Scottish Leaving Certificate Examination, 1960
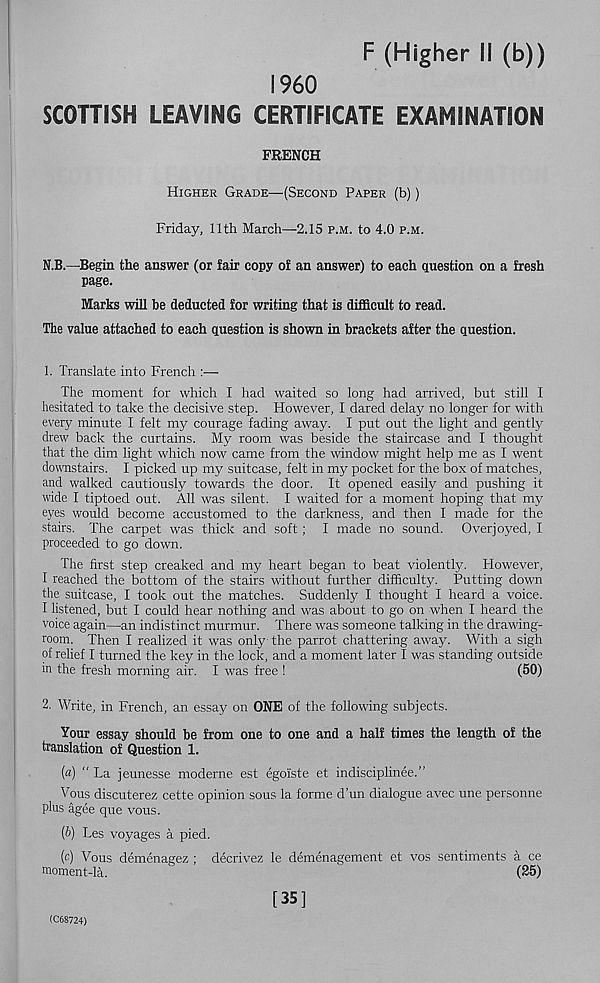
F (Higher II (b))
1960
SCOTTISH LEAVING CERTIFICATE EXAMINATION
FRENCH
Higher Grade—(Second Paper (b))
Friday, 11th March—2.15 p.m. to 4.0 p.m.
N.B.—Begin the answer (or fair copy of an answer) to each question on a fresh
page.
Marks will be deducted for writing that is difficult to read.
The value attached to each question is shown in brackets after the question.
1. Translate into French
The moment for which I had waited so long had arrived, but still I
hesitated to take the decisive step. However, I dared delay no longer for with
every minute I felt my courage fading away. I put out the light and gently
drew back the curtains. My room was beside the staircase and I thought
that the dim light which now came from the window might help me as I went
downstairs. I picked up my suitcase, felt in my pocket for the box of matches,
and walked cautiously towards the door. It opened easily and pushing it
wide I tiptoed out. All was silent. I waited for a moment hoping that my
eyes would become accustomed to the darkness, and then I made for the
stairs. The carpet was thick and soft; I made no sound. Overjoyed, I
proceeded to go down.
The first step creaked and my heart began to beat violently. However,
I reached the bottom of the stairs without further difficulty. Putting down
the suitcase, I took out the matches. Suddenly I thought I heard a voice.
I listened, but I could hear nothing and was about to go on when I heard the
voice again—an indistinct murmur. There was someone talking in the drawing-
room. Then I realized it was only the parrot chattering away. With a sigh
of relief I turned the key in the lock, and a moment later I was standing outside
in the fresh morning air. I was free !
(50)
2. Write, in French, an essay on ONE of the following subjects.
Your essay should be from one to one and a half times the length of the
translation of Question 1.
(a) “ La jeunesse moderne est egoiste et indisciplinee.”
Vous discuterez cette opinion sous la forme d’un dialogue avec une personne
plus agee que vous.
(b) Les voyages a pied.
(c) Vous demenagez ; decrivez le demenagement et vos sentiments a ce
moment-la.
(25)
CC68724)
[35]